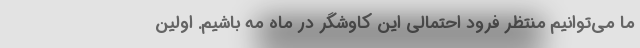
ما می‌توانیم منتظر فرود احتمالی این کاوشگر در ماه مه باشیم. اولین